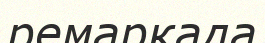
ремаркада